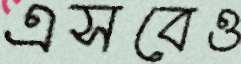
এসবেও